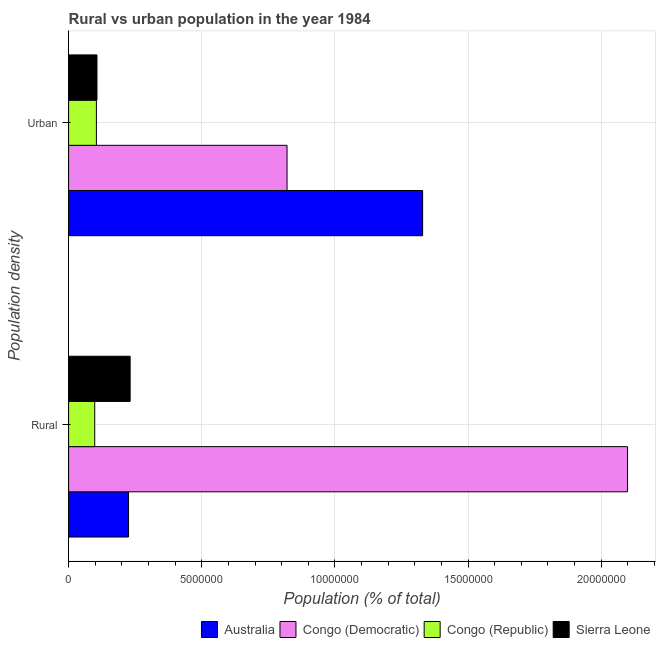
| Population density | Australia | Congo (Democratic) | Congo (Republic) | Sierra Leone |
 | --- | --- | --- | --- | --- |
 | Rural | 2.25e+06 | 2.1e+07 | 9.81e+05 | 2.31e+06 |
 | Urban | 1.33e+07 | 8.2e+06 | 1.04e+06 | 1.07e+06 |